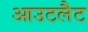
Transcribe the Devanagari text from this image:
आउटलैट